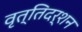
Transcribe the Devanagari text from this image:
वृत्तिदर्शन